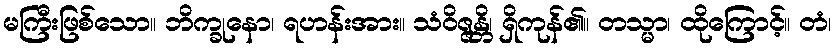
မကြီးဖြစ်သော။ ဘိက္ခုနော၊ ရဟန်းအား။ သံဝိဇ္ဇန္တိ၊ ရှိကုန်၏။ တသ္မာ၊ ထိုကြောင့်။ တံ၊